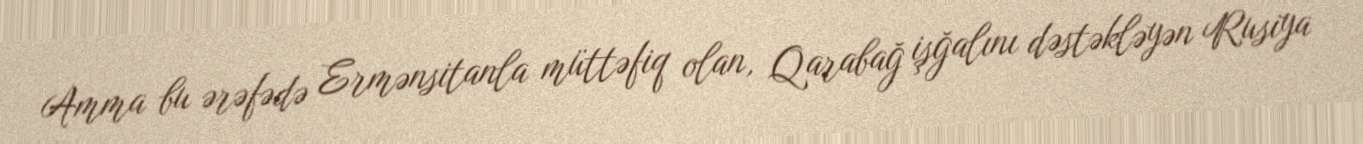
Amma bu ərəfədə Ermənsitanla müttəfiq olan, Qarabağ işğalını dəstəkləyən Rusiya